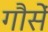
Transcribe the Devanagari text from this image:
गौसें